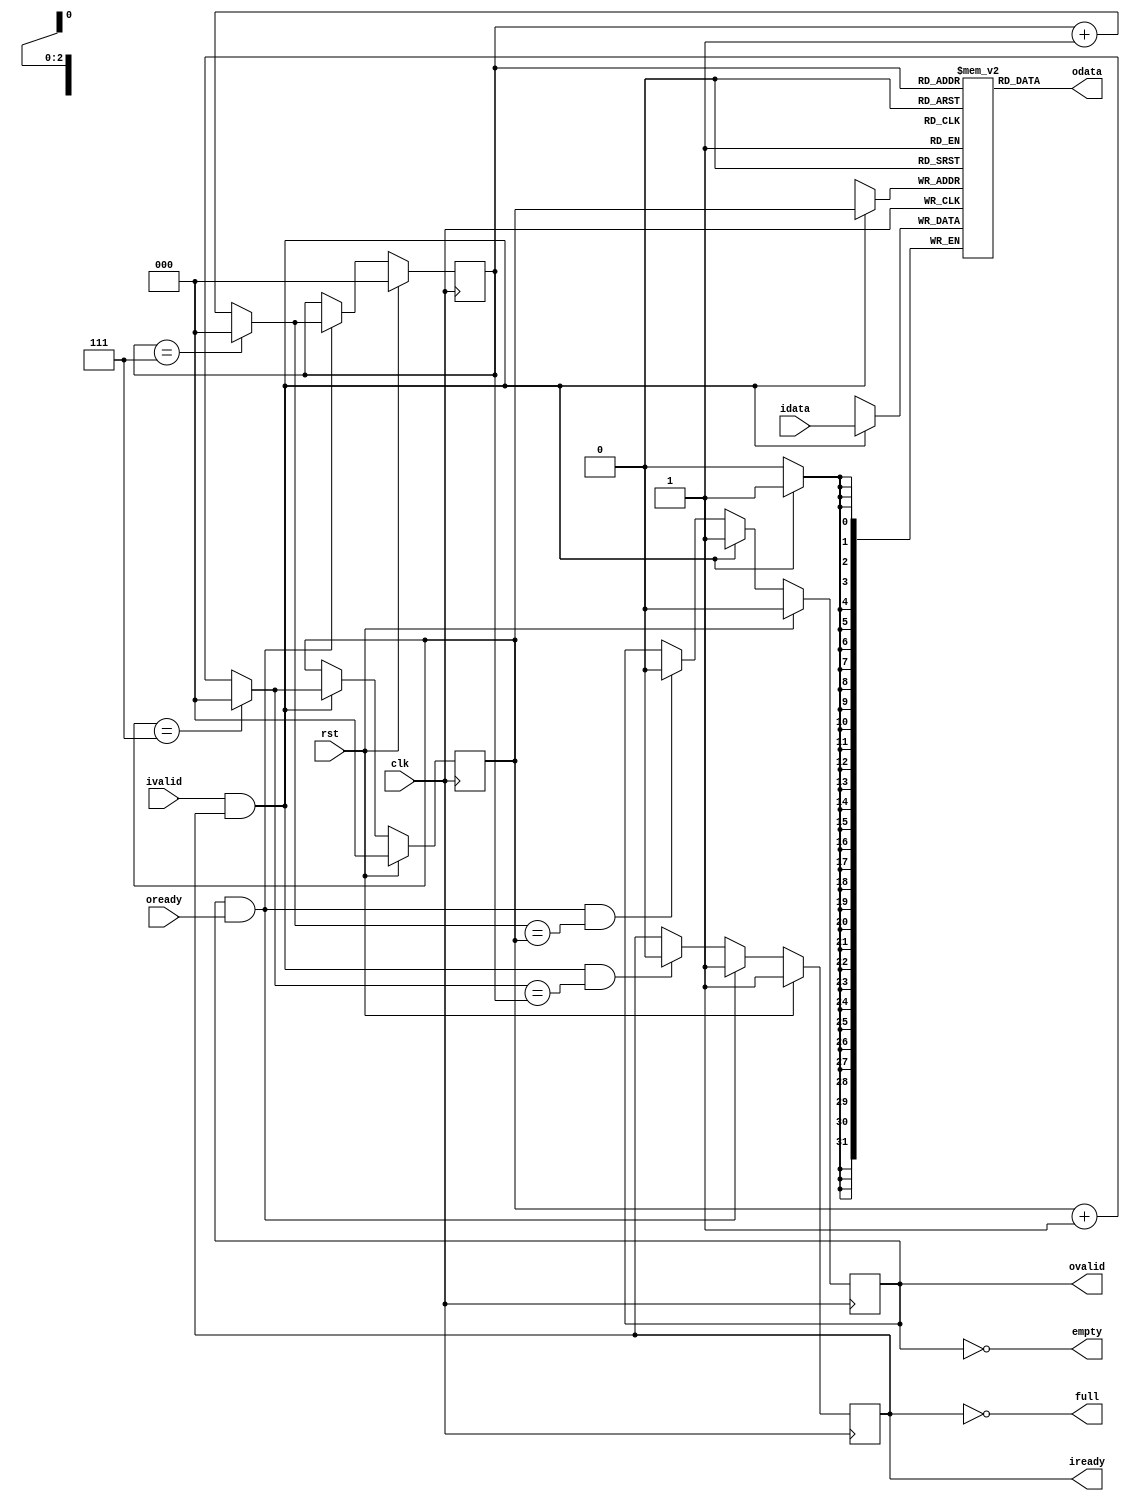
`timescale 1ns / 1ps
`default_nettype none

module turbo_trace_cmp_fifo #(
    parameter WIDTH     = 32,
    parameter DEPTH     = 8,

    parameter CNTW      = $clog2(DEPTH)
)(

    input  wire                 clk,
    input  wire                 rst,

    input  wire                 ivalid,
    output reg                  iready,
    input  wire [WIDTH-1:0]     idata,

    output reg                  ovalid,
    input  wire                 oready,
    output wire [WIDTH-1:0]     odata,

    output wire                 empty,
    output wire                 full

);

    localparam [CNTW-1:0]
        PTR_MAX = DEPTH - 1,
        PTR_ZRO = 0,
        PTR_INC = 1;

    reg [WIDTH-1:0] data [DEPTH-1:0];
    reg [CNTW-1:0] rp, wp;

    wire ifire = ivalid && iready;
    wire ofire = ovalid && oready;

    wire [CNTW-1:0] rp_inc = rp == PTR_MAX ? PTR_ZRO : rp + PTR_INC;
    wire [CNTW-1:0] wp_inc = wp == PTR_MAX ? PTR_ZRO : wp + PTR_INC;

    wire [CNTW-1:0] rp_next = ofire ? rp_inc : rp;
    wire [CNTW-1:0] wp_next = ifire ? wp_inc : wp;

    always @(posedge clk)
        if (rst)
            wp <= PTR_ZRO;
        else
            wp <= wp_next;

    always @(posedge clk)
        if (rst)
            rp <= PTR_ZRO;
        else
            rp <= rp_next;

    always @(posedge clk)
        if (rst)
            iready <= 1'b1;
        else if (ofire)
            iready <= 1'b1;
        else if (ifire && wp_inc == rp)
            iready <= 1'b0;

    always @(posedge clk)
        if (rst)
            ovalid <= 1'b0;
        else if (ifire)
            ovalid <= 1'b1;
        else if (ofire && rp_inc == wp)
            ovalid <= 1'b0;

    always @(posedge clk) if (ifire) data[wp] <= idata;

    assign odata = data[rp];

    assign empty = !ovalid;
    assign full = !iready;

endmodule

`default_nettype wire